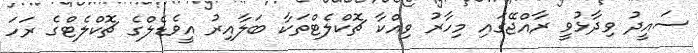
ސައީދު ވިދާޅުވީ ރާއްޖޭގައި މިހާރު ވިއްކާ ޗޮކްލެޓްތަކާ ބަލާއިރު އީވެޑެލްގެ ޗޮކްލެޓްގެ ރަހަ